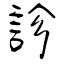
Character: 診